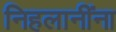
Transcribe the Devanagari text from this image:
निहलानींना